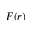
F ( r )